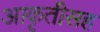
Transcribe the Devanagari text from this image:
आकृतीसह